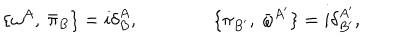
\{ \omega ^ { A } , \ { \bar { \pi } _ { B } } \} = i { \delta } _ { B } ^ { A } , \qquad \qquad \{ \pi _ { B ^ { \prime } } , \ { \bar { \omega } } ^ { A ^ { \prime } } \} = i { \delta } _ { B ^ { \prime } } ^ { A ^ { \prime } } ,